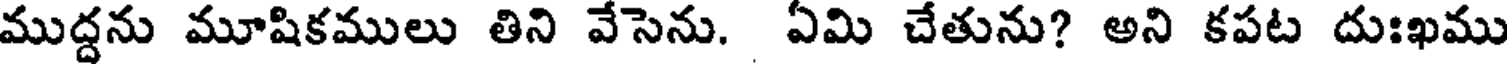
ముద్దను మూషికములు తిని వేసెను. ఏమి చేతును? అని కపట దుఃఖము